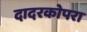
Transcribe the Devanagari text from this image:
दादरकोपरा